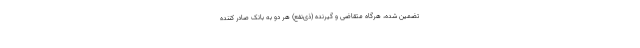
تضمین شده، هرگاه متقاضی و گیرنده (ذی‌نفع) هر دو به بانک صادر کننده